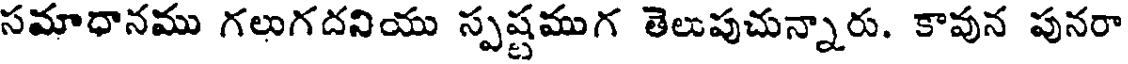
సమాధానము గలుగదనియు స్పష్టముగ తెలుపుచున్నారు. కావున పునరా